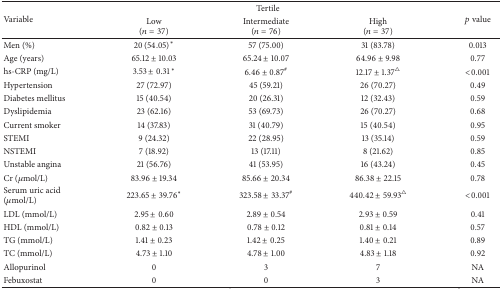
<table><thead><tr><td rowspan="2"><b>Variable</b></td><td colspan="3"><b> Tertile</b></td><td rowspan="2"><b><i>p</i> value</b></td></tr><tr><td><b>Low(<i>n</i> = 37)</b></td><td><b>Intermediate(<i>n</i> = 76)</b></td><td><b>High(<i>n</i> = 37)</b></td></tr></thead><tbody><tr><td>Men (%)</td><td>20 (54.05)<sup><i>∗</i></sup></td><td>57 (75.00)</td><td>31 (83.78)</td><td>0.013</td></tr><tr><td>Age (years)</td><td>65.12 ± 10.03</td><td>65.24 ± 10.07</td><td>64.96 ± 9.98</td><td>0.77</td></tr><tr><td>hs-CRP (mg/L)</td><td>3.53 ± 0.31<sup><i>∗</i></sup></td><td>6.46 ± 0.87<sup>#</sup></td><td>12.17 ± 1.37<sup>△</sup></td><td>&lt;0.001</td></tr><tr><td>Hypertension</td><td>27 (72.97)</td><td>45 (59.21)</td><td>26 (70.27)</td><td>0.49</td></tr><tr><td>Diabetes mellitus</td><td>15 (40.54)</td><td>20 (26.31)</td><td>12 (32.43)</td><td>0.59</td></tr><tr><td>Dyslipidemia</td><td>23 (62.16)</td><td>53 (69.73)</td><td>26 (70.27)</td><td>0.68</td></tr><tr><td>Current smoker</td><td>14 (37.83)</td><td>31 (40.79)</td><td>15 (40.54)</td><td>0.95</td></tr><tr><td>STEMI</td><td>9 (24.32)</td><td>22 (28.95)</td><td>13 (35.14)</td><td>0.59</td></tr><tr><td>NSTEMI</td><td>7 (18.92)</td><td>13 (17.11)</td><td>8 (21.62)</td><td>0.85</td></tr><tr><td>Unstable angina</td><td>21 (56.76)</td><td>41 (53.95)</td><td>16 (43.24)</td><td>0.45</td></tr><tr><td>Cr (<i>μ</i>mol/L)</td><td>83.96 ± 19.34</td><td>85.66 ± 20.34</td><td>86.38 ± 22.15</td><td>0.78</td></tr><tr><td>Serum uric acid(<i>μ</i>mol/L)</td><td>223.65 ± 39.76<sup><i>∗</i></sup></td><td>323.58 ± 33.37<sup>#</sup></td><td>440.42 ± 59.93<sup>△</sup></td><td>&lt;0.001</td></tr><tr><td>LDL (mmol/L)</td><td>2.95 ± 0.60</td><td>2.89 ± 0.54</td><td>2.93 ± 0.59</td><td>0.41</td></tr><tr><td>HDL (mmol/L)</td><td>0.82 ± 0.13</td><td>0.78 ± 0.12</td><td>0.81 ± 0.14</td><td>0.57</td></tr><tr><td>TG (mmol/L)</td><td>1.41 ± 0.23</td><td>1.42 ± 0.25</td><td>1.40 ± 0.21</td><td>0.89</td></tr><tr><td>TC (mmol/L)</td><td>4.73 ± 1.10</td><td>4.78 ± 1.00</td><td>4.83 ± 1.18</td><td>0.92</td></tr><tr><td>Allopurinol</td><td>0</td><td>3</td><td>7</td><td>NA</td></tr><tr><td>Febuxostat</td><td>0</td><td>0</td><td>3</td><td>NA</td></tr></tbody></table>